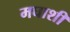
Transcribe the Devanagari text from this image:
मघाशी